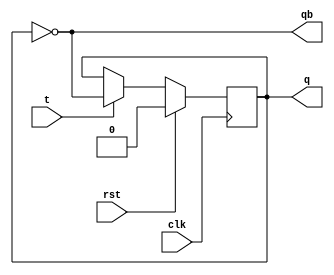
`timescale 1ns / 1ps
//////////////////////////////////////////////////////////////////////////////////
// Company: 
// Engineer: 
// 
// Design Name: 
// Module Name:    tfipflop 
// Project Name: 
// Target Devices: 
// Tool versions: 
// Description: 
//
// Dependencies: 
//
// Revision: 
// Revision 0.01 - File Created
// Additional Comments: 
//
//////////////////////////////////////////////////////////////////////////////////
module tflipflop(clk,rst,t,q,qb);
input clk,rst,t;
output q,qb;
reg q;
always@(posedge clk)
begin 
if(rst)
q =1'b0;

else
if(t==0)

#100 q = q;


else
#100 q =~q;
end
assign qb=~q;


endmodule